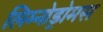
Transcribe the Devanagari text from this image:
लिम्नोड्रोमस